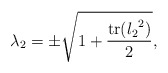
\begin{align*}\lambda_2 = \pm \sqrt{\displaystyle 1+\frac{\operatorname{tr}({l_2}^2)}{2}},\end{align*}